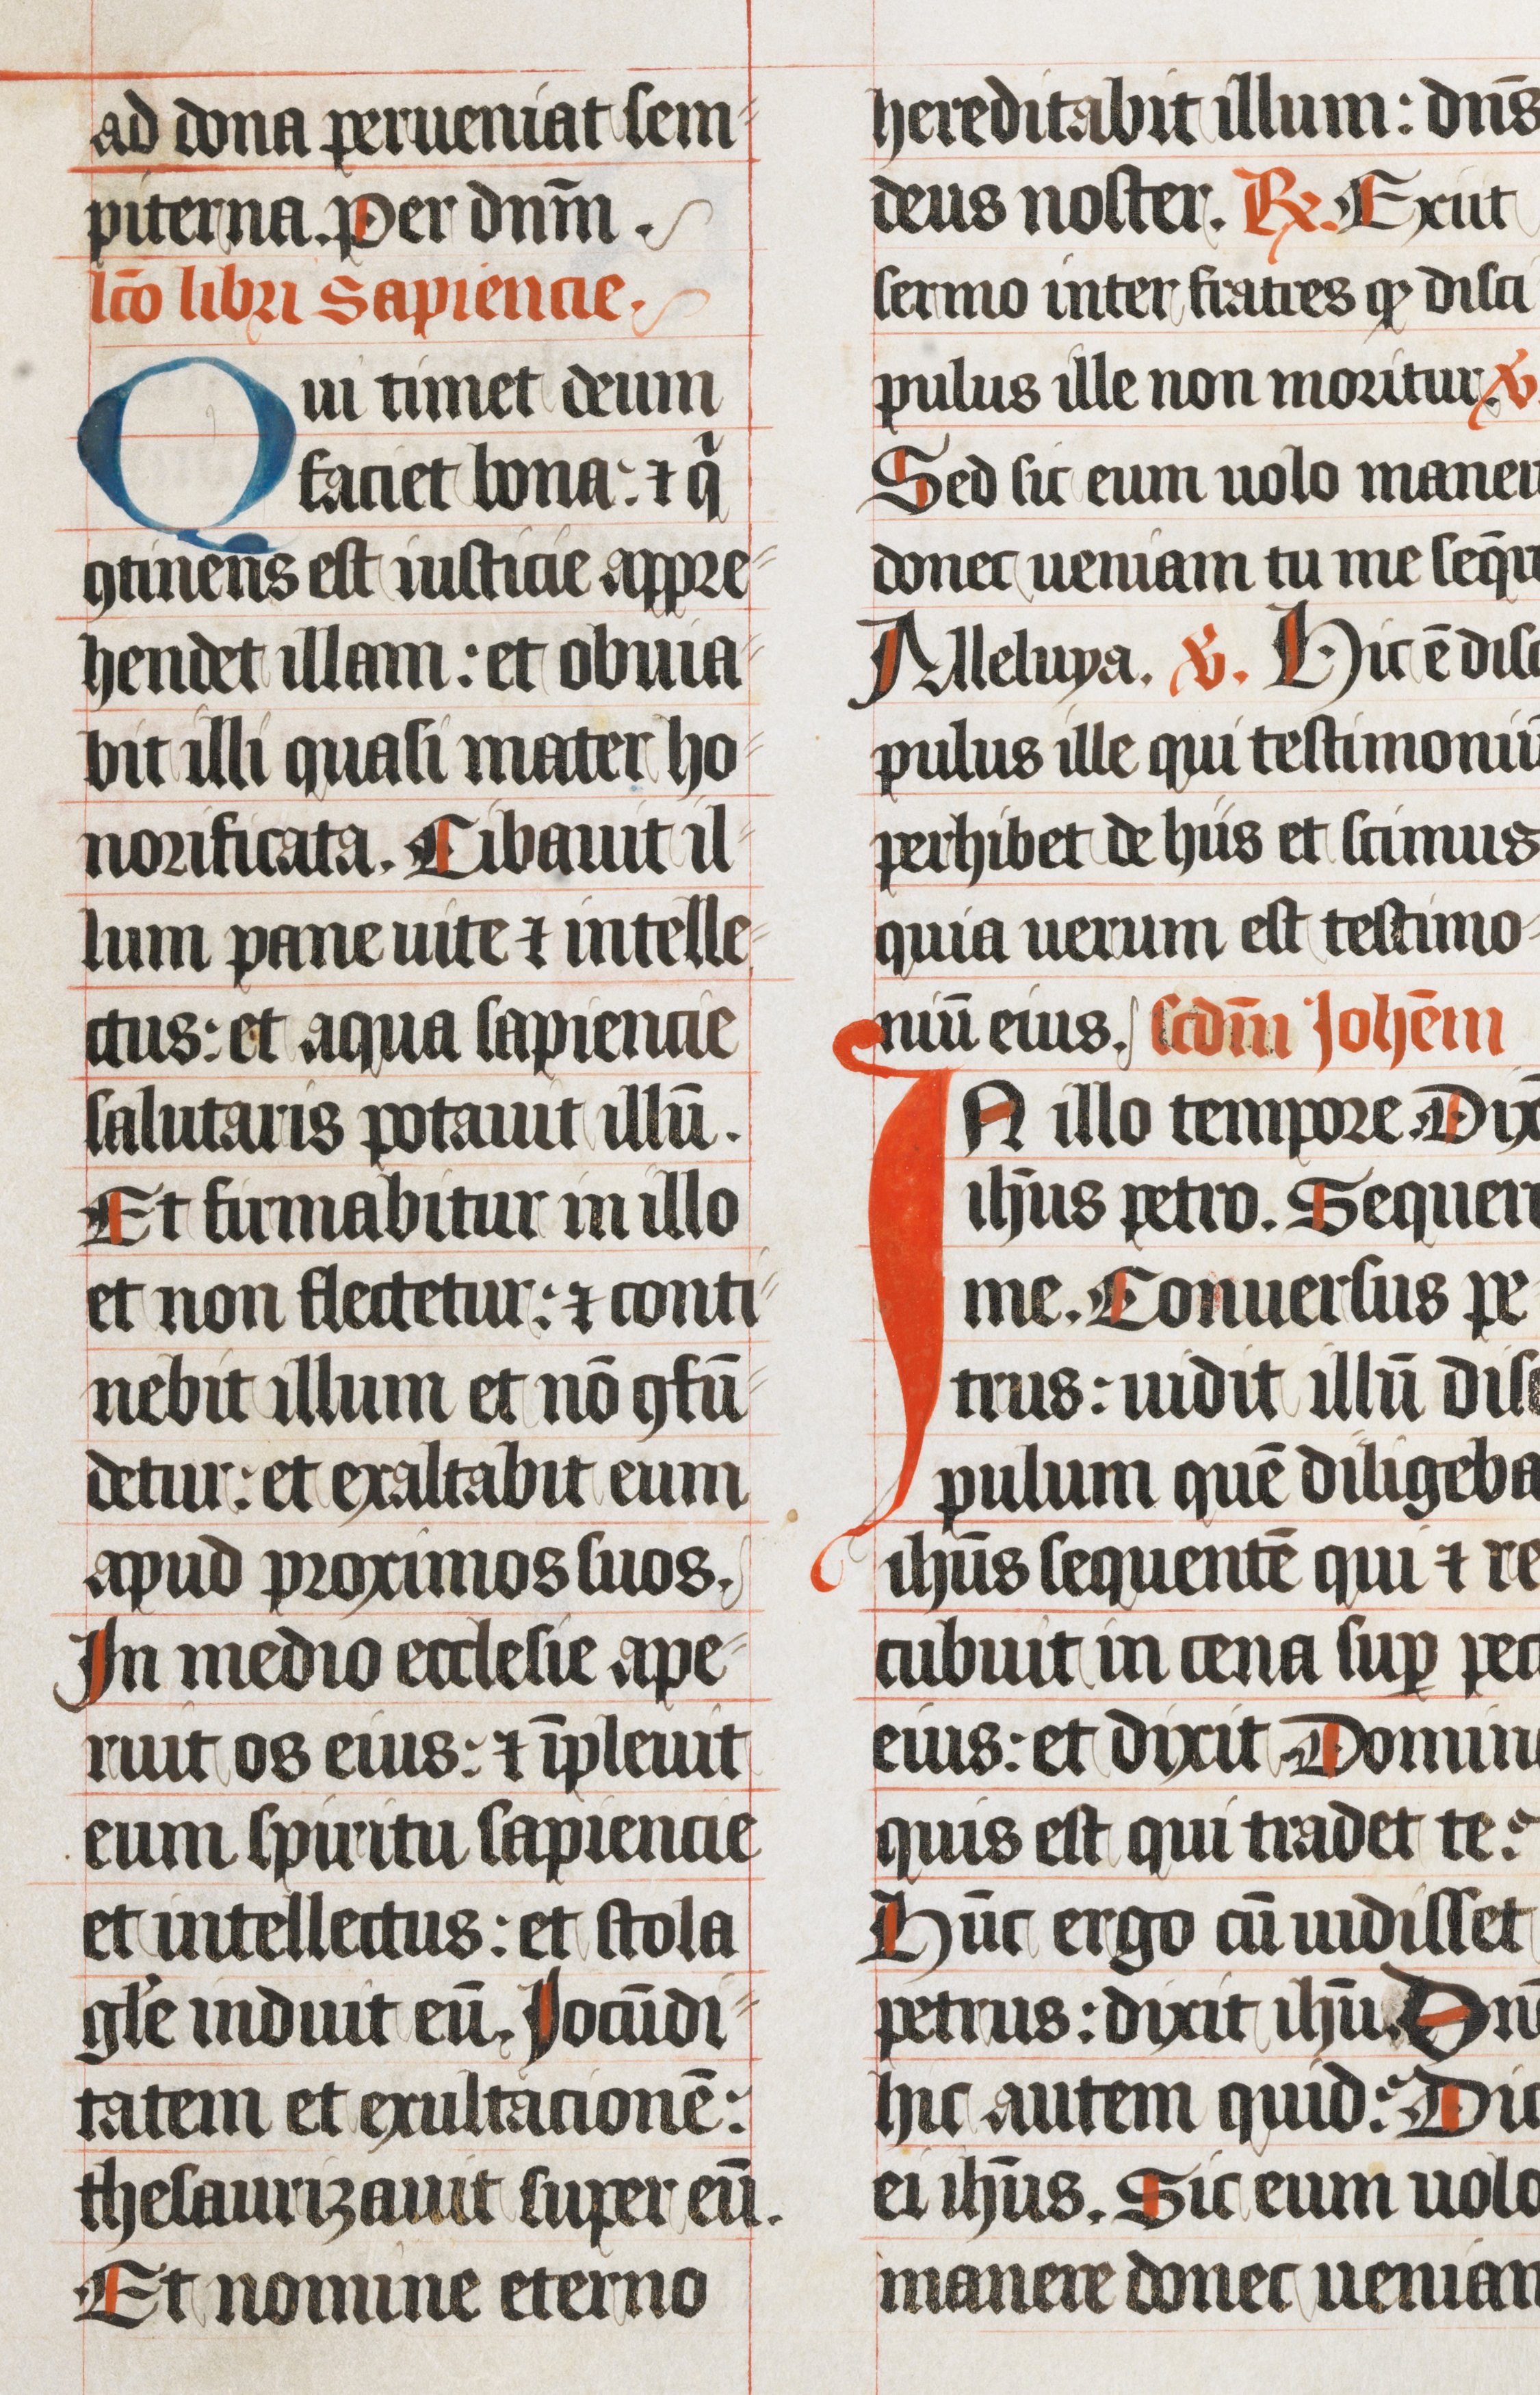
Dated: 1439–1439